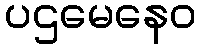
ပဌမေနေဝ